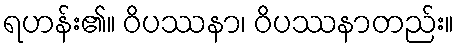
ရဟန်း၏။ ဝိပဿနာ၊ ဝိပဿနာတည်း။